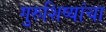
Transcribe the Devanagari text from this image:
गुरुशिष्यांचा